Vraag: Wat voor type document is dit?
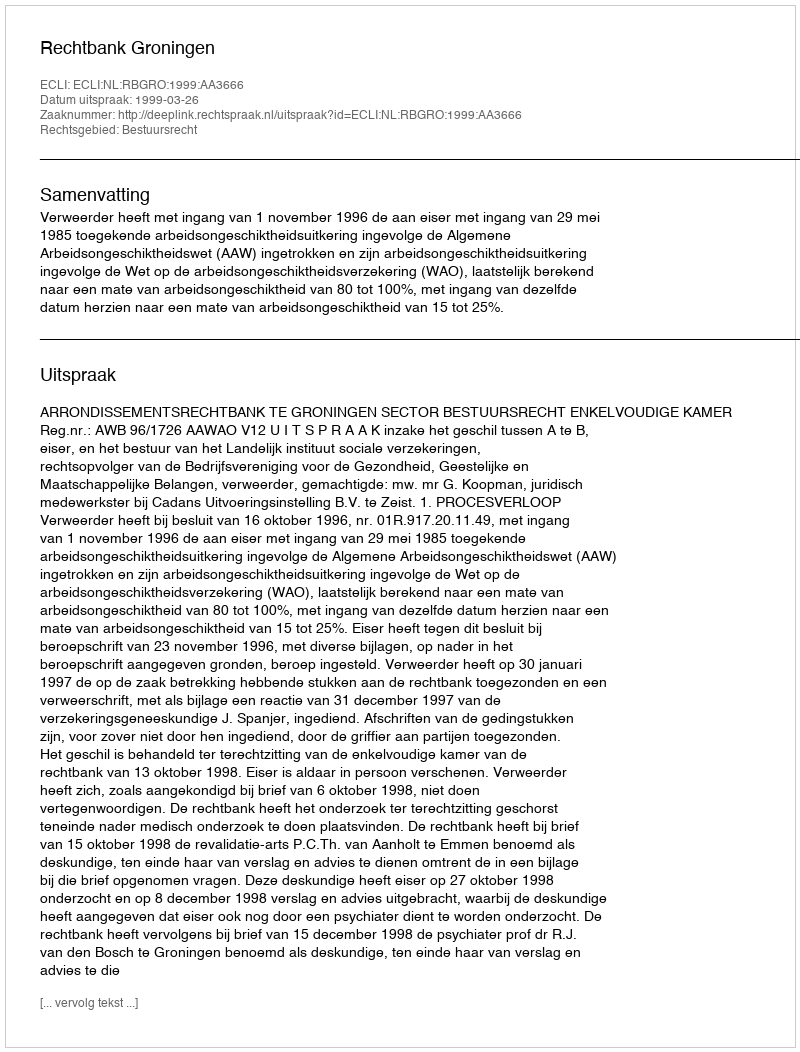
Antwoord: Uitspraak